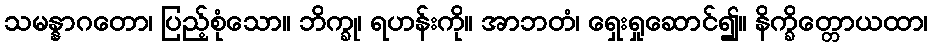
သမန္နာဂတော၊ ပြည့်စုံသော။ ဘိက္ခု၊ ရဟန်းကို။ အာဘတံ၊ ရှေးရှုဆောင်၍။ နိက္ခိတ္တောယထာ၊